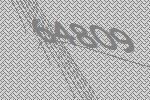
64809